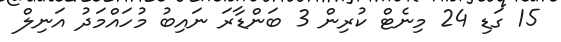
15 ގަޑި 24 މިނެޓް ކުރިން 3 ބަންޑާރަ ނައިބު މުހައްމަދު އަނިލް